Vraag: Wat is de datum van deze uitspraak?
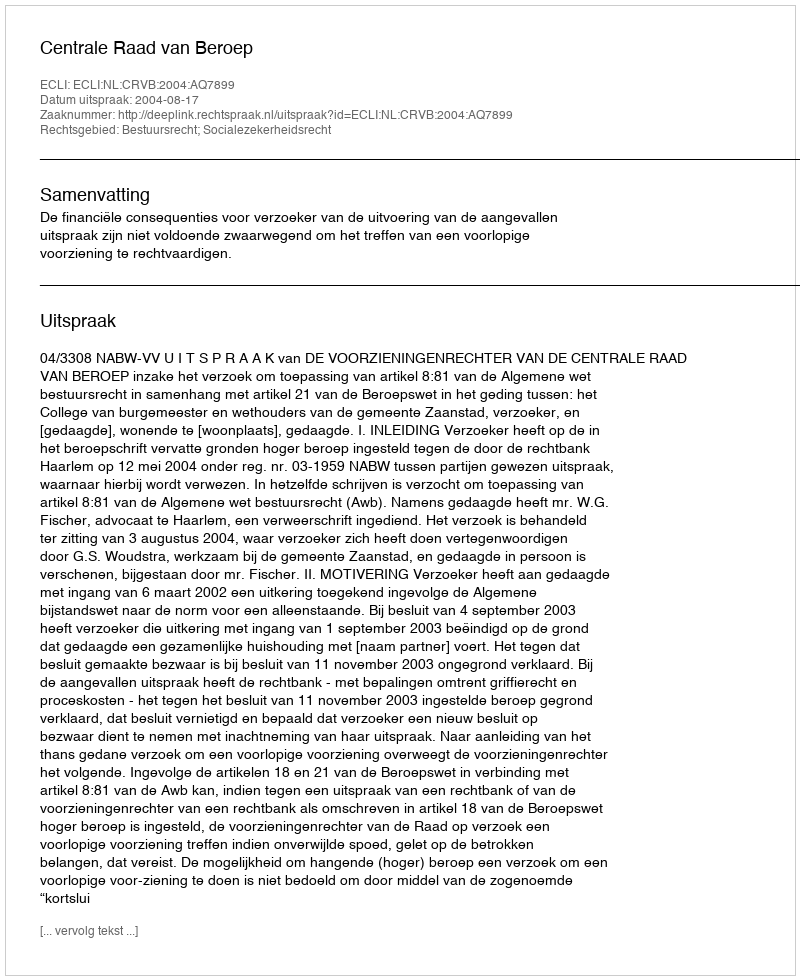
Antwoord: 2004-08-17